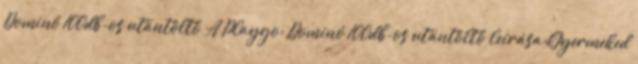
Dominó 100db-os utántöltő A Playgo: Dominó 100db-os utántöltő leírása:Gyermeked